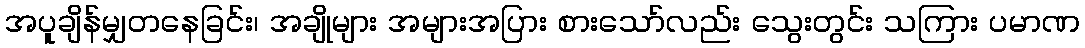
အပူချိန်မျှတနေခြင်း၊ အချိုများ အများအပြား စားသော်လည်း သွေးတွင်း သကြား ပမာဏ